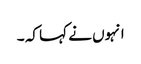
انہوں نے کہا کہ ۔